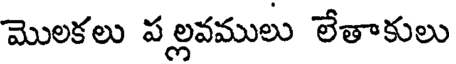
మొలకలు పల్లవములు లేతాకులు